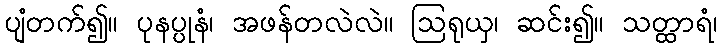
ပျံတက်၍။ ပုနပ္ပုနံ၊ အဖန်တလဲလဲ။ ဩရုယှ၊ ဆင်း၍။ သတ္ထာရံ၊